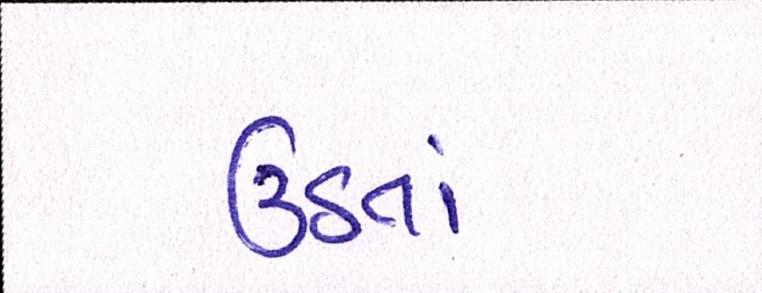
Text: ઉઠતાં